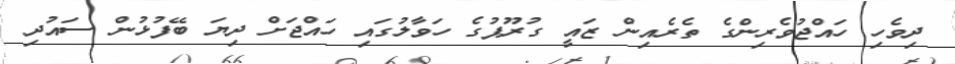
ދިވެހި ހައްޖުވެރިންގެ ތެރެއިން ޒައީ ގުރޫޕުގެ ހަވާލުގައި ހައްޖަށް ދިޔަ ބޭފުޅުން ސައުދި